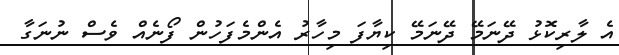
އެ ލާރިކޮޅު ދޭނަމޭ ދޭނަމޭ ކިޔާފަ މިހާރު އެންމެފަހުން ފޯނެއް ވެސް ނުނަގާ